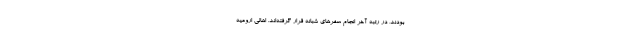
بودند، در رتبه آخر انجام سفرهای شبانه قرار گرفته‌اند. اهالی ارومیه